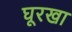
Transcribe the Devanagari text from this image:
घूरखा